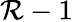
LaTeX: \mathcal{R}-1